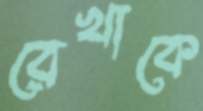
রেখাকে